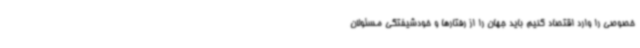
خصوصی را وارد اقتصاد کنیم باید جهان را از رفتارها و خودشیفتگی مسئولان